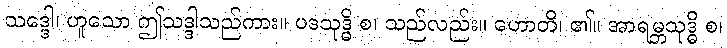
သဒ္ဒေါ၊ ဟူသော ဤသဒ္ဒါသည်ကား။ ပဒသုဒ္ဓိ စ၊ သည်လည်း။ ဟောတိ၊ ၏။ အာရမ္ဘသုဒ္ဓိ စ၊